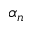
\alpha _ { n }